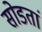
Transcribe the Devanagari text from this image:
सोडतां